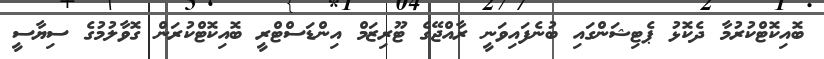
ބޮއިކޮޓްކުރުމާ ދެކޮޅު ޕެޓިޝަންގައި ބުނެފައިވަނީ ރާއްޖޭގެ ޓޫރިޒަމް އިންޑަސްޓްރީ ބޮއިކޮޓްކުރަން ގޮވާލުމުގެ ސިޔާސީ